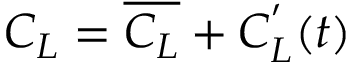
C _ { L } = \overline { { C _ { L } } } + C _ { L } ^ { ' } ( t )